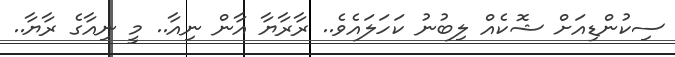
ސިކުންޑިއަށް ޝޮކެއް ލިބުނު ކަހަލައެވެ.. ރާރާޔާ އާން ނިއާ.. މީ ނިއާގެ ރާޔާ..